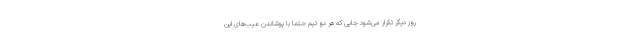
روز دیگر تکرار می‌شود جایی که هر دو تیم حتماً با پوشاندن عیب‌های این